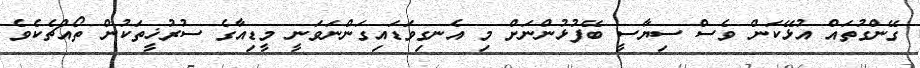
ގޭންގުތައް އުޅޭކަން ވެސް ސިޔާސީ ބޭފުޅުންނަށް މި އެނގިވަޑައިގަންނަވަނީ މީޑިއާގެ ސުރުޚީތަކުން ތޯއްޗެކެވެ.